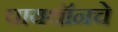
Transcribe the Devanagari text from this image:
पायथॉनचे